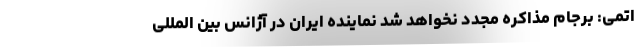
اتمی: برجام مذاکره مجدد نخواهد شد نماینده ایران در آژانس بین المللی